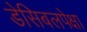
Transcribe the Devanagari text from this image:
डेसिबलपेक्षा